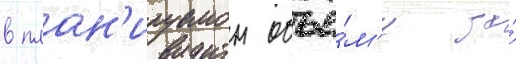
в план'ируемом объё́м'е за́